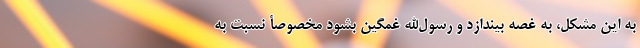
به این مشکل، به غصه بیندازد و رسول‌الله غمگین بشود مخصوصأ نسبت به